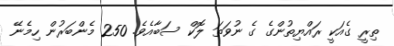
ތިރީ ގެއަކީ ރައްޔިތުންގެ ގެ ނުވަތަ ލޮކް ސަބާއެވެ. 250 މެންބަރުން ހިމެނޭ